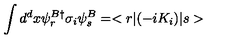
\int d ^ { d } x \psi _ { r } ^ { B \dagger } \sigma _ { i } \psi _ { s } ^ { B } = < r | ( - i K _ { i } ) | s >